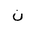
Letter: _non